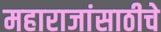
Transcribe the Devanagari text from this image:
महाराजांसाठीचे